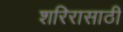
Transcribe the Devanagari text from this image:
शरिरासाठी